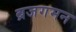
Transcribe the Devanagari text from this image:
ब्रजगमन